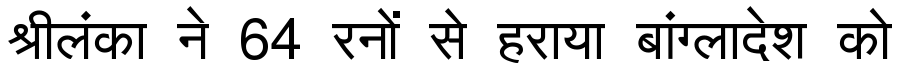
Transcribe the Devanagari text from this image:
श्रीलंका ने 64 रनों से हराया बांग्लादेश को